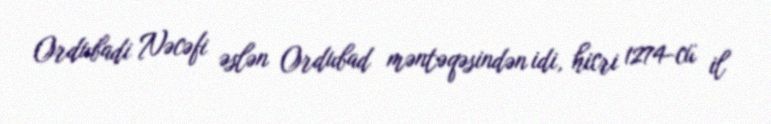
Ordubadi Nəcəfi əslən Ordubad məntəqəsindən idi, hicri 1274-cü il